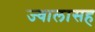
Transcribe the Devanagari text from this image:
ज्वालासह